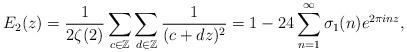
LaTeX: \begin{align*}E_2(z) = \frac{1}{2\zeta(2)} \sum_{c \in \mathbb{Z}} \sum_{d \in \mathbb{Z}} \frac{1}{(c+dz)^2} = 1 - 24 \sum_{n=1}^\infty \sigma_1(n) e^{2\pi i n z},\end{align*}